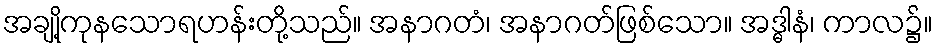
အချို့ကုနသောရဟန်းတို့သည်။ အနာဂတံ၊ အနာဂတ်ဖြစ်သော။ အဒ္ဓါနံ၊ ကာလ၌။